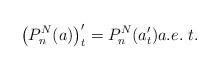
LaTeX: \begin{align*}\big(P_n^N(a)\big)'_t=P_n^N(a'_t) a.e.\ t.\end{align*}